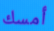
أمسك